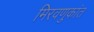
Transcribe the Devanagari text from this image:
मिरवणुकांत